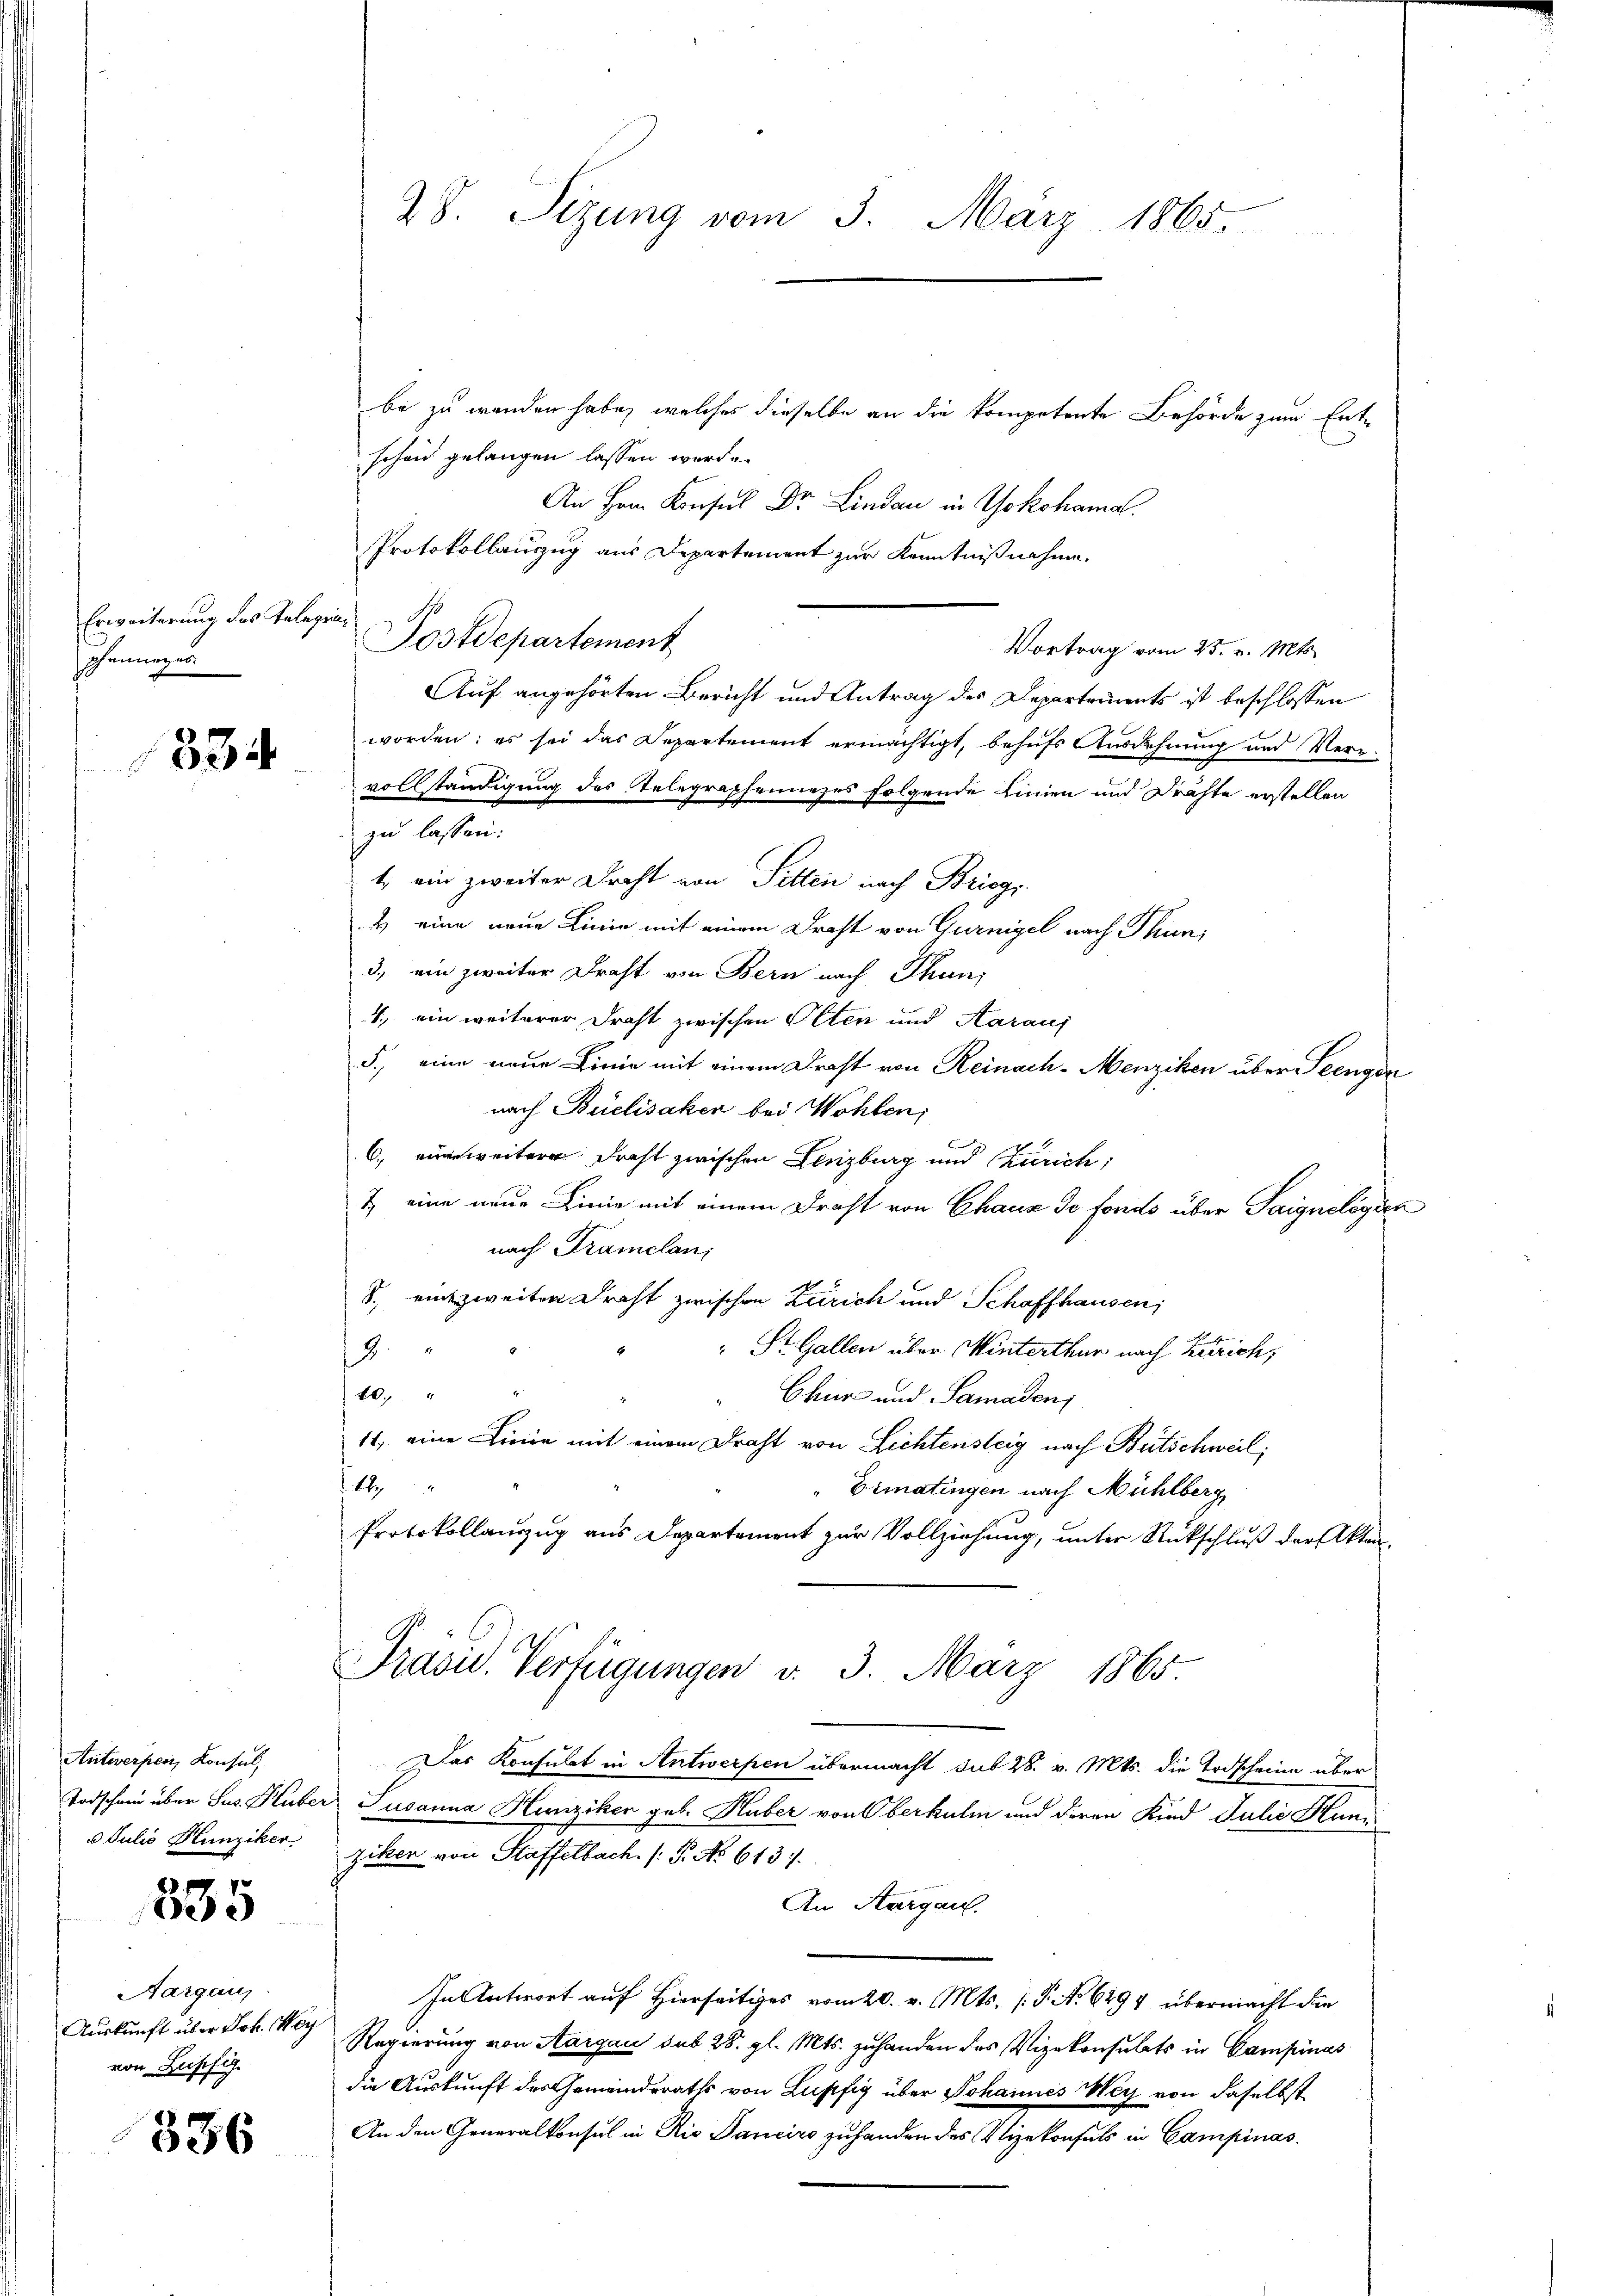
Erweiterung des Telege
phanneges

1334

Antwerpen, Konsul,
Todschain über Sus. Hube
u Julio Hunziker

535

Aargau
Auskunft über Joh. Mey
von Lupfig

336

be zu wenden habe, welches dieselbe an die kompetente Behörde zum Entschon gelangen lassen werde.
An Hrn. Konsul Dr. Lindau in Yokohama.
Protokollauszug aus Departement zur Kenntnißnahme.
1
L
Sostdepartement
Vortrag vom 25. v. Mts.
Auf angehörten Bericht und Antrag des Departements ist beschlossen
worden; es sei das Departement ermächtigt, behufs Ausdehnung und Ver-
vollständigung des Telegraphennezes folgende Linien und Drahte erstellen
zu lassen:
1. ein zweiter Draht von Pitten nach Brisgi
4 eine neue Linie mit einem Drast von Gurnigel nach Thun,
3) ein zweiter Draht von Bern nach Thun,
4., ein weiterer Draht zwischen Olten und Aaraus
5., eine neue Linie mit einem Drast von Reinach-Menziken über Seengen
nach Buelisaken bei Wohlen;
C, weiter dreht zwischen Lenzburg und Zürich,
7 eine neue Linie mit einem Draht von Chaux de fonds über Saigneléguer
nach Tramelan
8. eine zweiten Draht zwischen Zürich und Schaffhausen,
" St. Gallen über Winterthur nach Zürich,
9.
407. " "
Chur und Samaden,
11, eine Linie mit einem Draht von Lichtensteig nach Bütschweil,
1
Eimatingen nach Mühlberg
Protokollanzug aus Departement zur Vollziehung, unter Rückschluß der Akten¬
Präsid. Verfügungen v. 3. März 1865.
Das Konsulat in Antwerpen übermacht sub 28. v. Mts. die Todscheine über
Susanna Hunziker geb. Huber von Oberkulm und deren Kind Julić Hunziker von Staffelbach /: P. No 613.
An Aargau.
In Antwort auf Hierseitiges vom 20. v. Mts. (T. No 6494 übermacht die
Regierung von Aargau sub 28. gl. Mts. zuhanden des Vizekonsulats in Campinas
die Auskunft des Gemeinderaths von Lupfig über Johannes Weg von daselbst
An den Generalkonsul in Rio Sanciro zuhanden des Vizekonsuls in Campinas.

28. Sizung vom 3. März 1865.